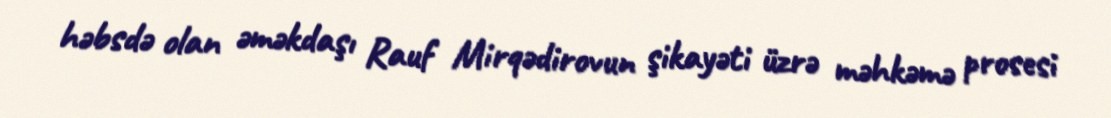
həbsdə olan əməkdaşı Rauf Mirqədirovun şikayəti üzrə məhkəmə prosesi